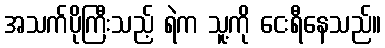
အသက်ပိုကြီးသည့် ရဲက သူ့ကို ငေးရီနေသည်။